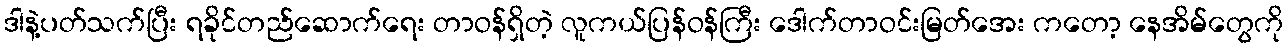
ဒါနဲ့ပတ်သက်ပြီး ရခိုင်တည်ဆောက်ရေး တာဝန်ရှိတဲ့ လူကယ်ပြန်ဝန်ကြီး ဒေါက်တာဝင်းမြတ်အေး ကတော့ နေအိမ်တွေကို